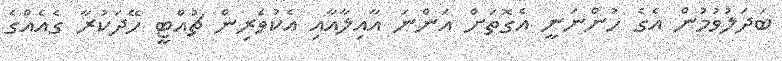
ބަދަލުވުމުން އެގެ ހުންނަނީ އެގޮތަށް އަންނަ އާއިލާއާއި އެކުވެރިން ޗުއްޓީ ހޭދަކުރާ ގެއެއްގެ